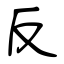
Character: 反